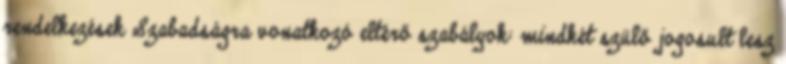
rendelkezések Szabadságra vonatkozó eltérő szabályok: mindkét szülő jogosult lesz